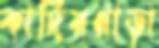
কাদিরপাড়া